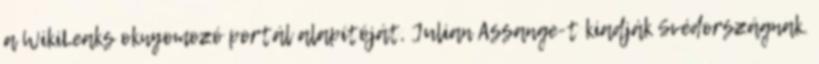
a WikiLeaks oknyomozó portál alapítóját, Julian Assange-t kiadják Svédországnak.